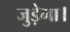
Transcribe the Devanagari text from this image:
जुड़ेगा।